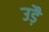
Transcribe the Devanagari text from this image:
उड़ै